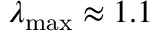
\lambda _ { \mathrm { m a x } } \approx 1 . 1